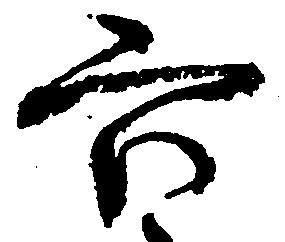
六